Report on vaccination in Madras 1877-1894 - 1877-1894
Year: 1877
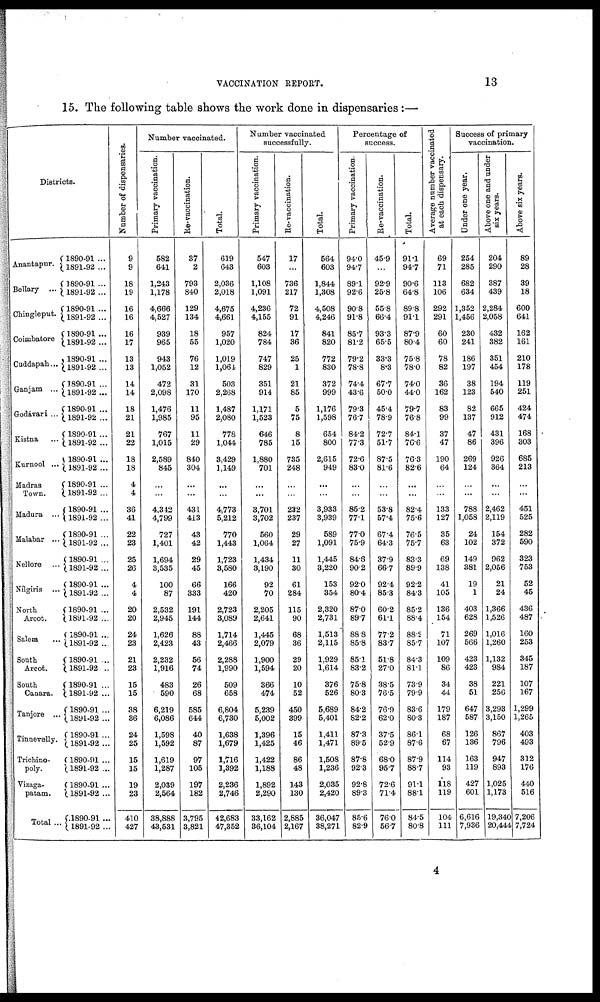
VACCINATION REPORT.
13
15. The following table shows the work done in dispensaries:—
Districts.
Anantapur.
Bellary ...
Chingleput.
Coimbatore
Cuddapah...
Ganjam ...
Godávari ...
Kistna ...
Kurnool ...
Madras
Town.
Madura ...
Malabar ...
Nellore ...
Nílgiris ...
North
Arcot.
Salem ...
South
Arcot.
South
Canara.
Tanjore ...
Tinnevelly.
Trichino-
poly.
Vizaga-
patam.
Total ..
1890-91 ...
1891-92 ...
1890-91 ...
1891-92 ...
1890-91 ...
1891-92...
1890-91 ...
1891-92 ...
1890-91 ...
1891-92 ...
1890-91 ...
1891-92...
1890-91 ...
1891-92 ...
1890-91...
1891-92...
1890-91 ...
1891-92 ...
1890-91 ...
1891-92 ...
1890-91 ...
1891-92 ...
1890-91 ...
1891-92 ...
1890-91 ...
1891-92...
1890-91 ...
1891-92 ...
1890-91 ...
1891-92 ...
1890-91 ...
1891-92 ...
1890-91 ...
1891-92 ...
1890-91 ...
1891-92 ...
1890-91 ...
1891-92 ...
1890-91 ...
1891-92...
1890-91 ...
1891-92 ...
1890-91 ...
1891-92 ...
1890-91 ...
1891-92 ...
Number of dispensaries.
9
9
18
19
16
16
16
17
13
13
14
14
18
21
21
22
18
18
4
4
36
41
22
23
25
26
4
4
20
20
24
23
21
23
15
15
38
36
24
25
15
15
19
23
410
427
Number vaccinated.
Primary vaccination.
582
641
1,243
1,178
4,666
4,527
939
965
943
1,052
472
2,098
1,476
1,985
767
1,015
2,589
845
...
...
4,342
4,799
727
1,401
1,694
3,535
100
87
2,532
2,945
1,626
2,423
2,232
1,916
483
590
6,219
6,086
1,598
1,592
1,619
1,287
2,039
2,564
38,888
43,531
Re-vaccination.
37
2
793
840
129
134
18
55
76
12
31
170
11
95
11
29
840
304
...
...
431
413
43
42
29
45
66
333
191
144
88
43
56
74
26
68
585
644
40
87
97
105
197
182
3,795
3,821
Total.
619
643
2,036
2,018
4,675
4,661
957
1,020
1,019
1,064
503
2,268
1,487
2,080
778
1,044
3,429
1,149
...
...
4,773
5,212
770
1,443
1,723
3,580
166
420
2,723
3,089
1,714
2,466
2,288
1,990
509
658
6,804
6,730
1,638
1,679
1,716
1,392
2,236
2,746
42,683
47,352
Number vaccinated
successfully.
Primary vaccination.
547
603
1,108
1,091
4,236
4,155
824
784
747
829
351
914
1,171
1,523
646
785
1,880
701
...
...
3,701
3,702
560
1,064
1,434
3,190
92
70
2,205
2,641
1,445
2,079
1,900
1,594
366
474
5,239
5,002
1,396
1,425
1,422
1,188
1,892
2,290
33,162
36,104
Re-vaccination.
17
...
736
217
72
91
17
36
25
1
21
85
5
75
8
15
735
248
...
...
232
237
29
27
11
30
61
284
115
90
68
36
29
20
10
52
450
399
15
46
86
48
143
130
2,885
2,167
Total.
564
603
1,844
1,308
4,508
4,246
841
820
772
830
372
999
1,176
1,598
654
800
2,615
949
...
...
3,933
3,939
589
1,091
1,445
3,220
153
354
2,320
2,731
1,513
2,115
1,929
1,614
376
526
5,689
5,401
1,411
1,471
1,508
1,236
2,035
2,420
36,047
38,271
Percentage of
success.
Primary vaccination.
94.0
94.7
89.1
92.6
90.8
91.8
85.7
81.2
79.2
78.8
74.4
43.6
79.3
76.7
84.2
77.3
72.6
83.0
...
...
85.2
77.1
77.0
75.9
84.6
90.2
92.0
80.4
87.0
89.7
88.8
85.8
85.1
83.2
75.8
80.3
84.2
82.2
87.3
89.5
87.8
92.3
92.8
89.3
85.6
82.9
Re-vaccination.
45.9
...
92.9
25.8
55.8
66.4
93.3
65.5
33.3
8.3
67.7
50.0
45.4
78.9
72.7
51.7
87.5
81.6
...
...
53.8
57.4
67.4
64.3
37.9
66.7
92.4
85.3
60.2
61.1
77.2
83.7
51.8
27.0
38.5
76.5
76.9
62.0
37.5
52.9
68.0
95.7
72.6
71.4
76.0
56.7
Total.
91.1
94.7
90.6
64.8
89.8
91.1
87.9
80.4
75.8
78.0
74.0
44.0
79.7
76.8
84.1
76.6
76.3
82.6
...
...
82.4
75.6
76.5
75.7
83.3
89.9
92.2
84.3
85.2
88.4
88.2
85.7
84.3
81.1
73.9
79.9
83.6
80.3
86.1
87.6
87.9
88.7
91.1
88.1
84.5
80.8
Average number vaccinated
at each dispensary.
69
71
113
106
292
291
60
60
78
82
36
162
83
99
37
47
190
64
...
...
133
127
35
63
69
138
41
105
136
154
71
107
109
86
34
44
179
187
68
67
114
93
118
119
104
111
Success of primary
vaccination.
Under one year.
254
285
682
634
1,352
1,456
230
241
186
197
38
123
82
137
47
86
269
124
...
...
788
1,058
24
102
149
381
19
1
403
628
269
566
423
423
38
51
647
587
126
136
163
119
427
601
6,616
7,936
Above one and under
six years.
204
290
387
439
2,284
2,058
432
382
351
454
194
540
665
912
431
396
926
364
...
...
2,462
2,119
154
372
962
2,056
21
24
1,366
1,526
1,016
1,260
1,132
984
221
256
3,293
3,150
867
796
947
893
1,025
1,173
19,340
20,444
Above six years.
89
28
39
18
600
641
162
161
210
178
119
251
424
474
168
303
685
213
...
...
451
525
282
590
323
753
52
45
436
487
160
253
345
187
107
167
1,299
1,265
403
493
312
176
440
516
7,206
7,724
4